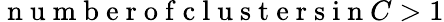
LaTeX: \mathrm{~n~u~m~b~e~r~o~f~c~l~u~s~t~e~r~s~i~n~}C>1